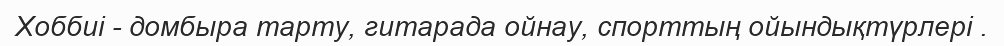
Хоббиі - домбыра тарту, гитарада ойнау, спорттың ойындықтүрлері .